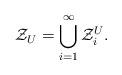
LaTeX: \begin{align*}\mathcal{Z}_U=\bigcup_{i=1}^\infty \mathcal{Z}_i^{U}.\end{align*}